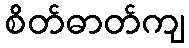
စိတ်ဓာတ်ကျ